system: You are a helpful assistant.
user:
Analyze the provided spectrum to determine if it is a **Carbon Star (C-type)**.

- **Key Visual Indicators of Carbon Star:**
    - **(Primary):** Strong molecular absorption from **C₂ (diatomic carbon) "Swan Bands."** This is the **defining feature** of a carbon star.
        - **(Key Bandheads):** Sharp absorption edges are visible at approximately $5635$ Å, $5165$ Å (the strongest band), and $4737$ Å.
        - **(Line Profile):** Creates a distinct **"saw-tooth"** pattern. The key morphology is a sharp, steep bandhead on the **red (long-wavelength) side**, which then gradually tapers off (i.e., flux recovers) towards the **blue (short-wavelength) side**. *(This is the direct opposite of the TiO bands seen in M-type stars)*.

    - **(Secondary):** Intense **CN (cyanogen)** molecular absorption bands.
        - **(Key Bandheads):** Located in the blue and violet regions of the spectrum (e.g., near $4215$ Å and $3883$ Å).
        - **(Morphology):** These bands are extremely broad and act as a "blanket," absorbing the vast majority of blue and violet light. This creates a characteristic **"cliff"** or **"steep drop-off"** in the spectrum's flux at short wavelengths.

    - **(Key Confirmation):** Strong **CH absorption band (G-band)**.
        - **(Key Bandhead):** Located around $4300$ Å. The contribution from CH molecules to this band is exceptionally strong.

    - **(Overall Spectrum):**
        - The continuum is severely "chopped up" by these deep molecular bands, especially C₂, rather than appearing as a smooth curve.
        - Due to the heavy CN and C₂ absorption in the blue-green, the vast majority of the star's flux is concentrated in the red part of the spectrum, giving the star its characteristic deep red color.

Think first, call **spectral_visualization_tool** if needed to examine features in detail, then provide your final answer. Your response must adhere to the following strict rules:
1.  **Overall Structure:** Your response must follow the format `<think>...</think> <tool_call>...</tool_call> (if a tool is used) <answer>...</answer>`.
2.  **Tool Usage Constraint:** You may only make **one** tool call per turn.
3.  **Final Answer Format:** In the `<answer>` tag, your conclusion must be inside a `\boxed{}` command (e.g., `\boxed{YES}`), followed by your justification.

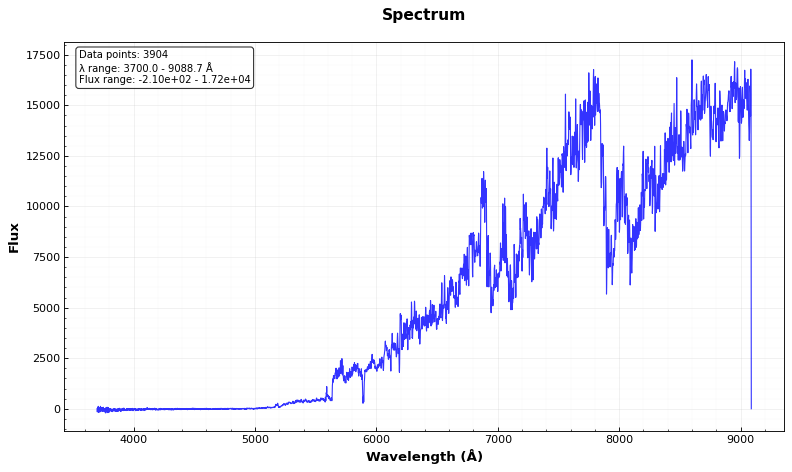
Answer: YES